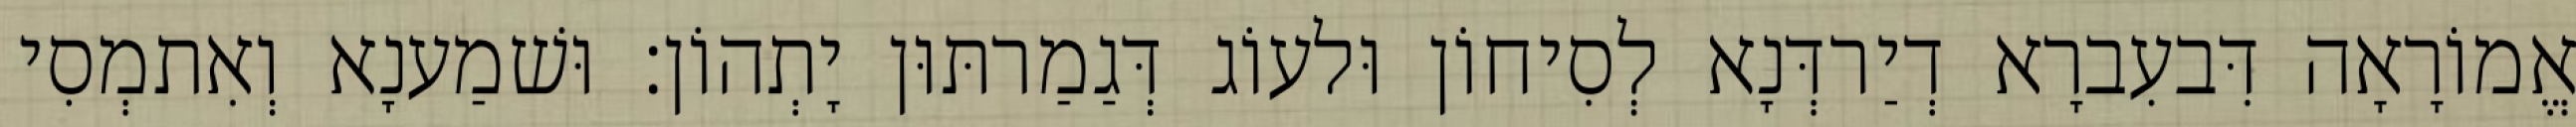
אֱמוֹרָאָה דִּבעִברָא דְיַרדְּנָא לְסִיחוֹן וּלעוֹג דְּגַמַרתּוּן יָתְהוֹן׃ וּשׁמַענָא וְאִתמְסִי